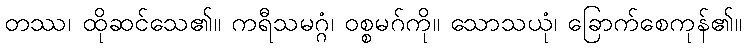
တဿ၊ ထိုဆင်သေ၏။ ကရီသမဂ္ဂံ၊ ဝစ္စမဂ်ကို။ သောသယုံ၊ ခြောက်စေကုန်၏။